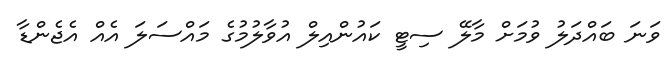
ވަނަ ބައްދަލު ވުމަށް މާލޭ ސިޓީ ކައުންއިލް އުވާލުމުގެ މައްސަލަ އެއް އެޖެންޑާ